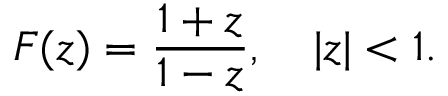
F ( z ) = { \frac { 1 + z } { 1 - z } } , \quad | z | < 1 .